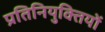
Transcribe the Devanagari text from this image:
प्रतिनियुक्तियों